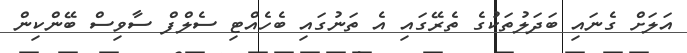
އަލަށް ގެނައި ބަދަލުތަކުގެ ތެރޭގައި އެ ތަނުގައި ބެހެއްޓި ސެލްފް ސާވިސް ބޭންކިން